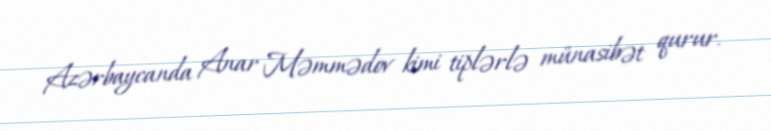
Azərbaycanda Anar Məmmədov kimi tiplərlə münasibət qurur.